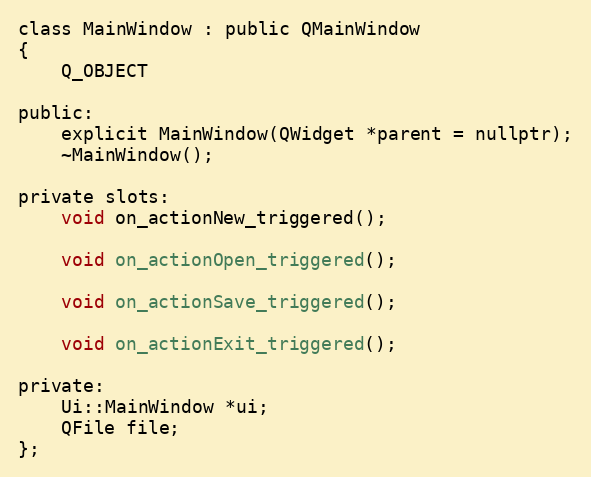
Language: C
class MainWindow : public QMainWindow
{
    Q_OBJECT

public:
    explicit MainWindow(QWidget *parent = nullptr);
    ~MainWindow();

private slots:
    void on_actionNew_triggered();

    void on_actionOpen_triggered();

    void on_actionSave_triggered();

    void on_actionExit_triggered();

private:
    Ui::MainWindow *ui;
    QFile file;
};